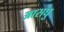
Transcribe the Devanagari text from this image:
आसघु